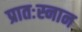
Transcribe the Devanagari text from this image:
प्रातःस्नान